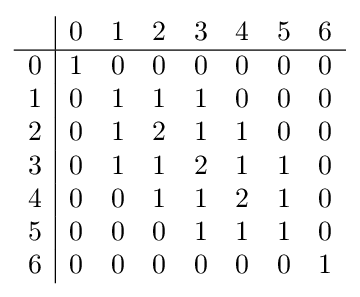
{\begin{array}{c|ccccccc}&0&1&2&3&4&5&6\\\hline 0&1&0&0&0&0&0&0\\1&0&1&1&1&0&0&0\\2&0&1&2&1&1&0&0\\3&0&1&1&2&1&1&0\\4&0&0&1&1&2&1&0\\5&0&0&0&1&1&1&0\\6&0&0&0&0&0&0&1\end{array}}